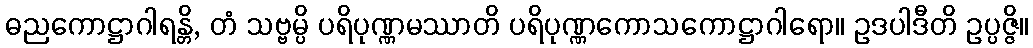
ဓညကောဋ္ဌာဂါရန္တိ, တံ သဗ္ဗမ္ပိ ပရိပုဏ္ဏမဿာတိ ပရိပုဏ္ဏကောသကောဋ္ဌာဂါရော။ ဥဒပါဒီတိ ဥပ္ပဇ္ဇိ။